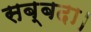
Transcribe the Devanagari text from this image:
सब्बदा।